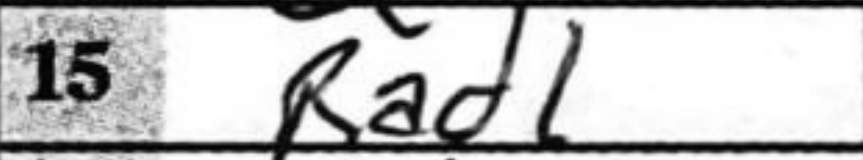
Transcription: Rad1